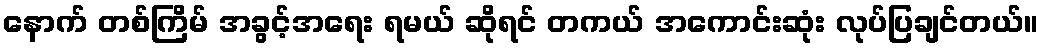
နောက် တစ်ကြိမ် အခွင့်အရေး ရမယ် ဆိုရင် တကယ် အကောင်းဆုံး လုပ်ပြချင်တယ်။